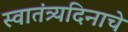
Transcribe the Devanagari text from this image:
स्वातंत्र्यदिनाचे